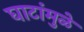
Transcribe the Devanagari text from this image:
घाटांमुळे